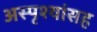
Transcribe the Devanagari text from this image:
अस्पृश्यांसह